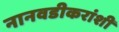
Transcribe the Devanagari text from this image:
नानवडीकरांशी